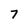
Character: 7